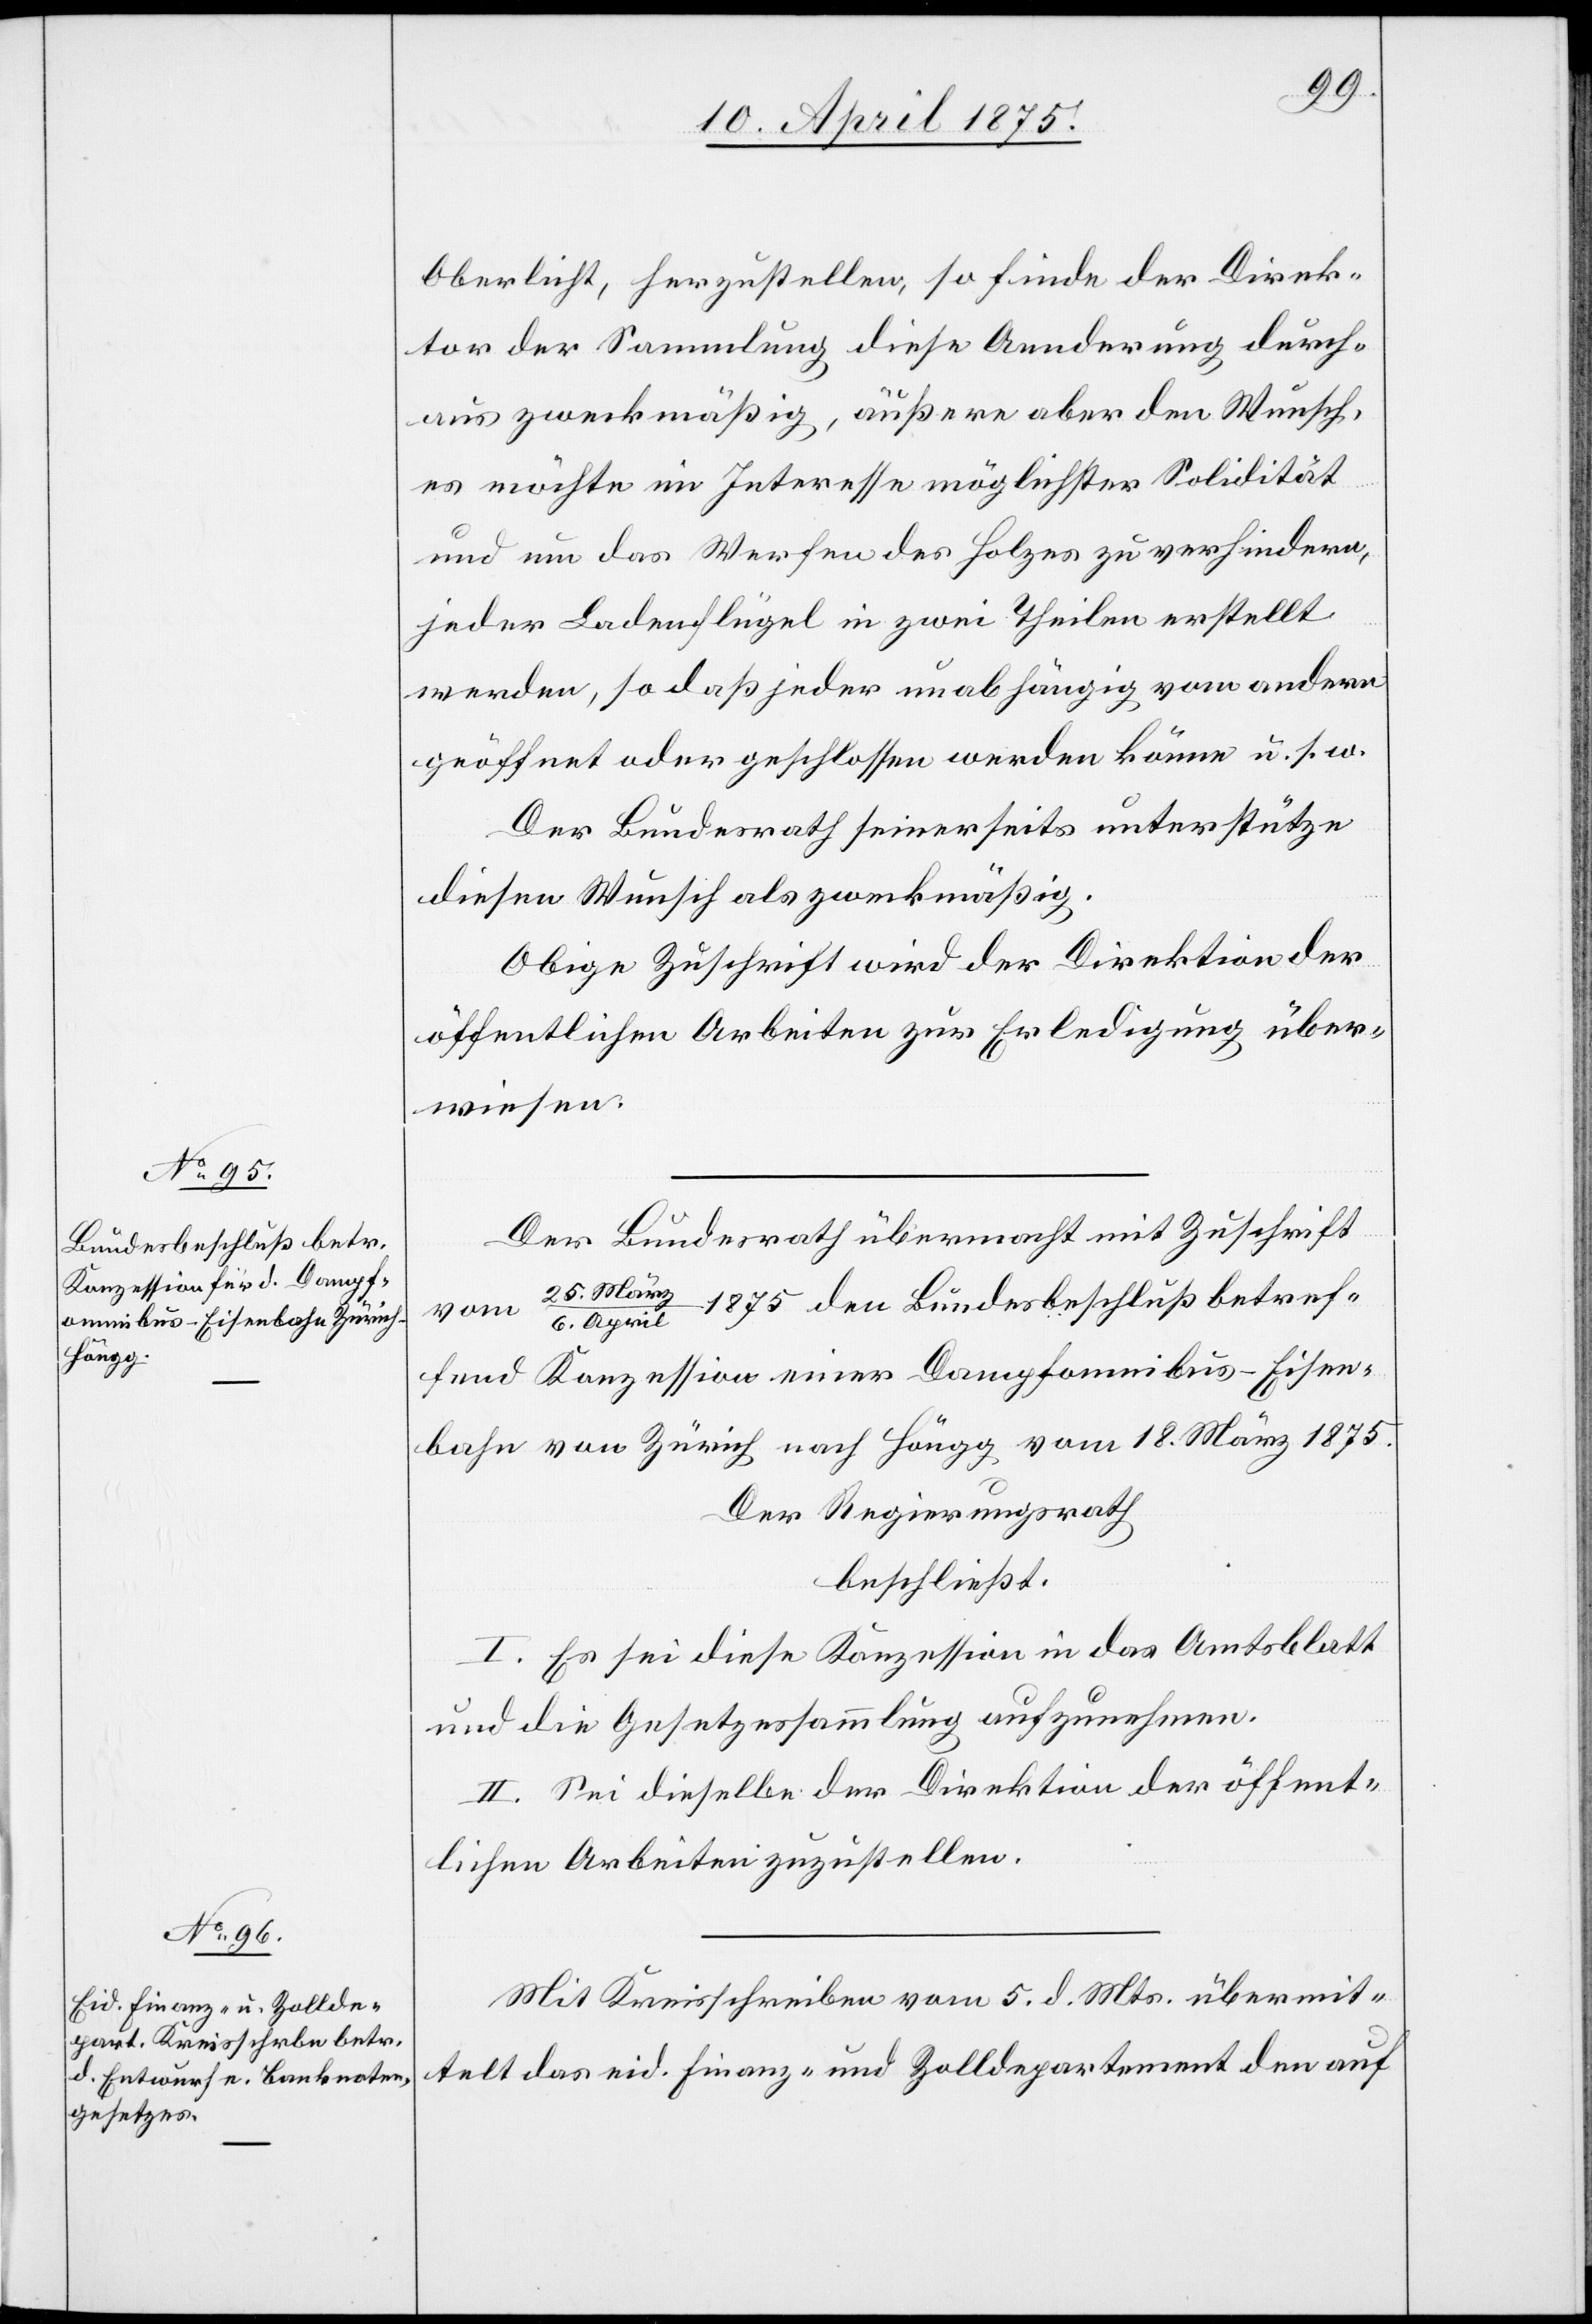
Oberlicht, herzustellen, so finde der Direk¬
tor der Sammlung diese Aenderung durch¬
aus zweckmäßig, äußere aber den Wunsch,
es möchte im Interesse möglichster Solidität
und um das Werfen des Holzes zu verhindern,
jeder Ladenflügel in zwei Theilen erstellt
werden, so daß jeder unabhängig vom andern
geöffnet oder geschlossen werden könne u. s. w.
Der Bundesrath seinerseits unterstütze
diesen Wunsch als zweckmäßig.
Obige Zuschrift wird der Direktion der
öffentlichen Arbeiten zur Erledigung über¬
wiesen.
Der Bundesrath übermacht mit Zuschrift
25.März/6.
1875 den Bundesbeschluß betref¬
vom
April
fend Konzession einer Dampfomnibus-Eisen¬
bahn von Zürich nach Höngg vom 18. März 1875.
Der Regierungsrath,
beschließt:
I. Es sei diese Konzession in das Amtsblatt
und die Gesetzessammlung aufzunehmen.
II. Sei dieselbe der Direktion der öffent¬
lichen Arbeiten zuzustellen.
Mit Kreisschreiben vom 5. d. Mts. übermit¬
telt das eid. Finanz- und Zolldepartement den auf